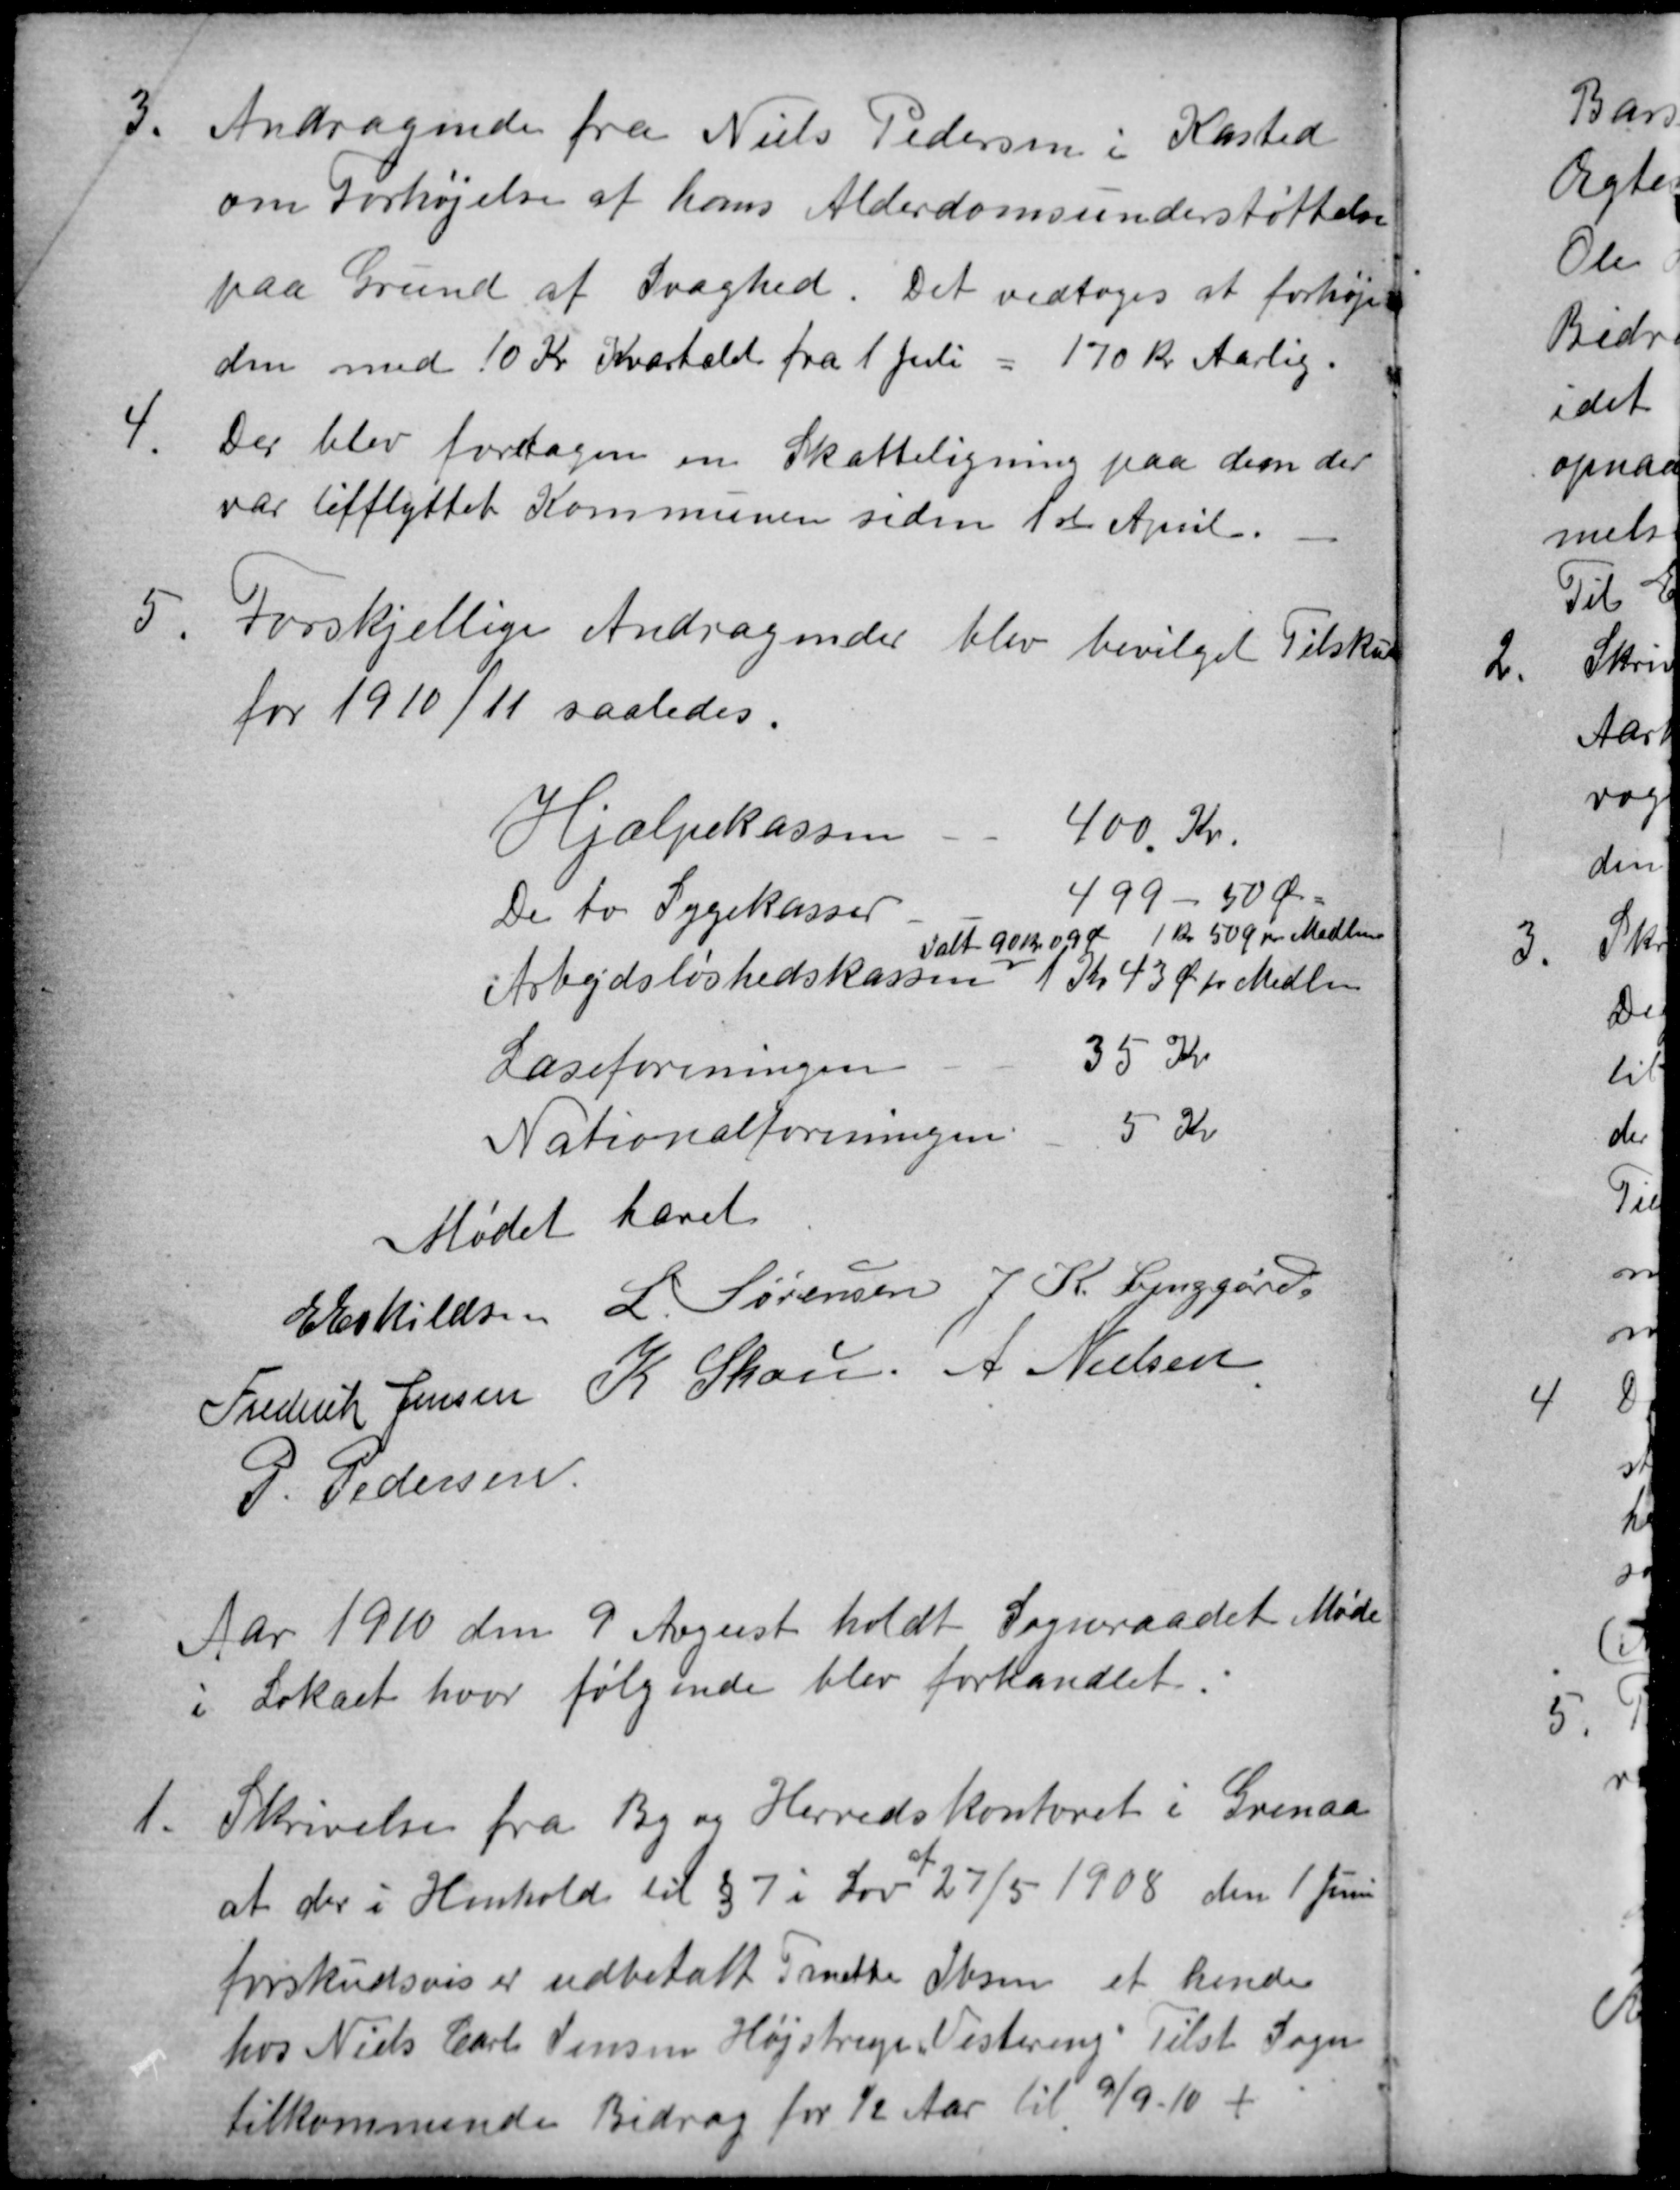
Transskription:
3.
Andragende fra Niels Pedersen i Kasted
om Forhøjelse af hans Alderdomsunderstøttelse
paa Grund af Svaghed. Det vedtoges at forhøje
den med 10 Kr Kvartalet fra 1 Juli = 170 Kr Aarlig.
4.
Der blev foretagen en Skatteligning paa dem der
var tilflyttet Kommunen siden 1ste April.
5
Forskjellige Andragender blev bevilget Tilskud
for 1910/11 saaledes.
Hjælpekassen
400 Kr.
De to Sygekasser
499 - 50 Ør
Arbejdsløshedskassen
Ialt 90 Kr. 09 Ø 1 kr 50 Ø pr Medlem
1 Kr 43 Ø pr Medlem
Læseforeningen
35 Kr
Nationalforeningen
5 Kr
Mødet hævet
E Eskildsen
L. Sørensen
J. K. Lynggård
Frederik Jensen
K Skou
A Nielsen
P. Pedersen
Aar 1910 den 9 August holdt Sogneraadet Møde
i Lokalet hvor følgende blev forhandlet.
1.
Skrivelse fra By og Herredskontoret i Grenaa
at der i Henhold til § 7 i Lov
af
27/5 1908 den 1 Juni
forskudsvis er udbetalt Grethe Ibsen et hende
hos Niels Carl Jensen Højstrup, Vestereng Tilst Sogn
tilkommende Bidrag for ½ Aar til 9/9. 10 +